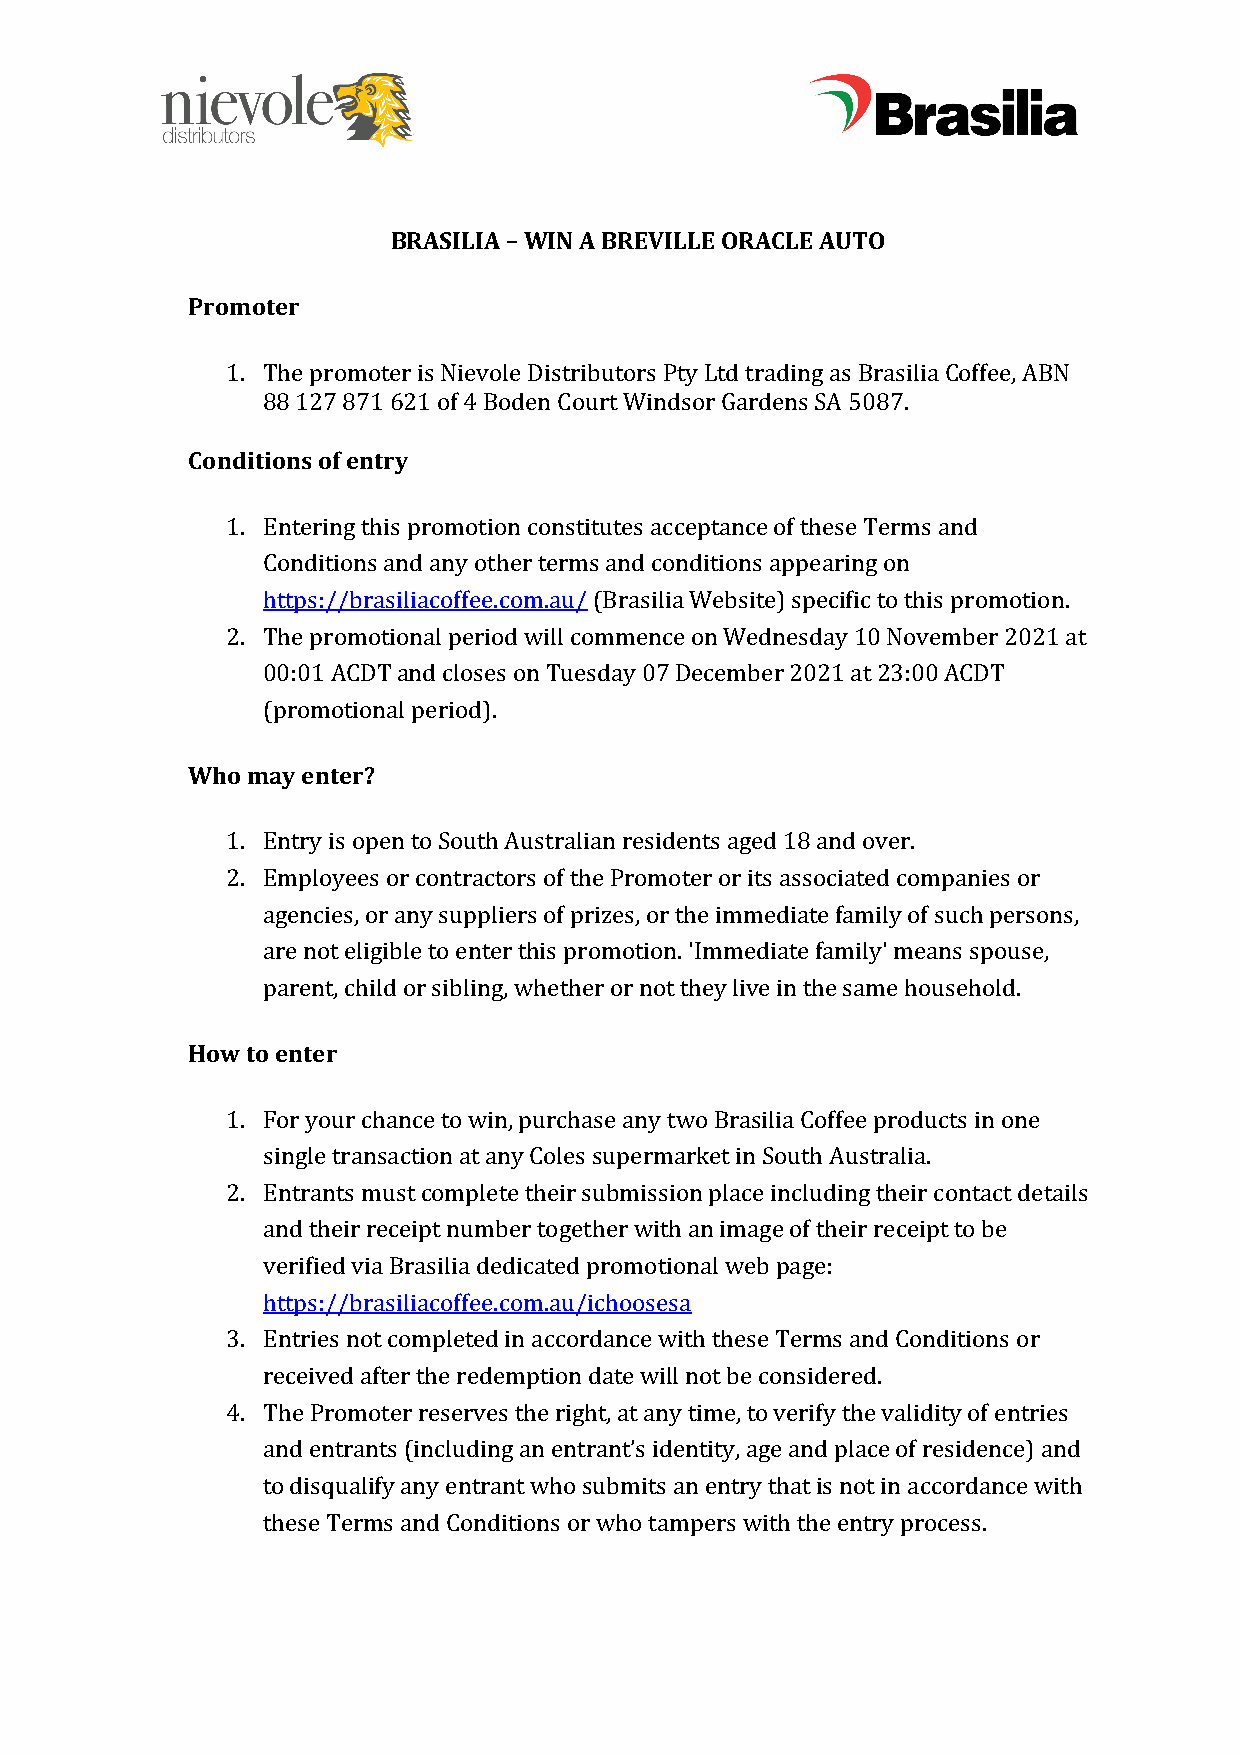
BRASILIA – WIN A BREVILLE ORACLE AUTO
 Promoter
 1. The promoter is Nievole Distributors Pty Ltd trading as Brasilia Coffee, ABN
 88 127 871 621 of 4 Boden Court Windsor Gardens SA 5087.
 Conditions of entry
 1. Entering this promotion constitutes acceptance of these Terms and
 Conditions and any other terms and conditions appearing on
 https://brasiliacoffee.com.au/ (Brasilia Website) specific to this promotion.
 2. The promotional period will commence on Wednesday 10 November 2021 at
 00:01 ACDT and closes on Tuesday 07 December 2021 at 23:00 ACDT
 (promotional period).
 Who may enter?
 1. Entry is open to South Australian residents aged 18 and over.
 2. Employees or contractors of the Promoter or its associated companies or
 agencies, or any suppliers of prizes, or the immediate family of such persons,
 are not eligible to enter this promotion. 'Immediate family' means spouse,
 parent, child or sibling, whether or not they live in the same household.
 How to enter
 1. For your chance to win, purchase any two Brasilia Coffee products in one
 single transaction at any Coles supermarket in South Australia.
 2. Entrants must complete their submission place including their contact details
 and their receipt number together with an image of their receipt to be
 verified via Brasilia dedicated promotional web page:
 https://brasiliacoffee.com.au/ichoosesa
 3. Entries not completed in accordance with these Terms and Conditions or
 received after the redemption date will not be considered.
 4. The Promoter reserves the right, at any time, to verify the validity of entries
 and entrants (including an entrant’s identity, age and place of residence) and
 to disqualify any entrant who submits an entry that is not in accordance with
 these Terms and Conditions or who tampers with the entry process.